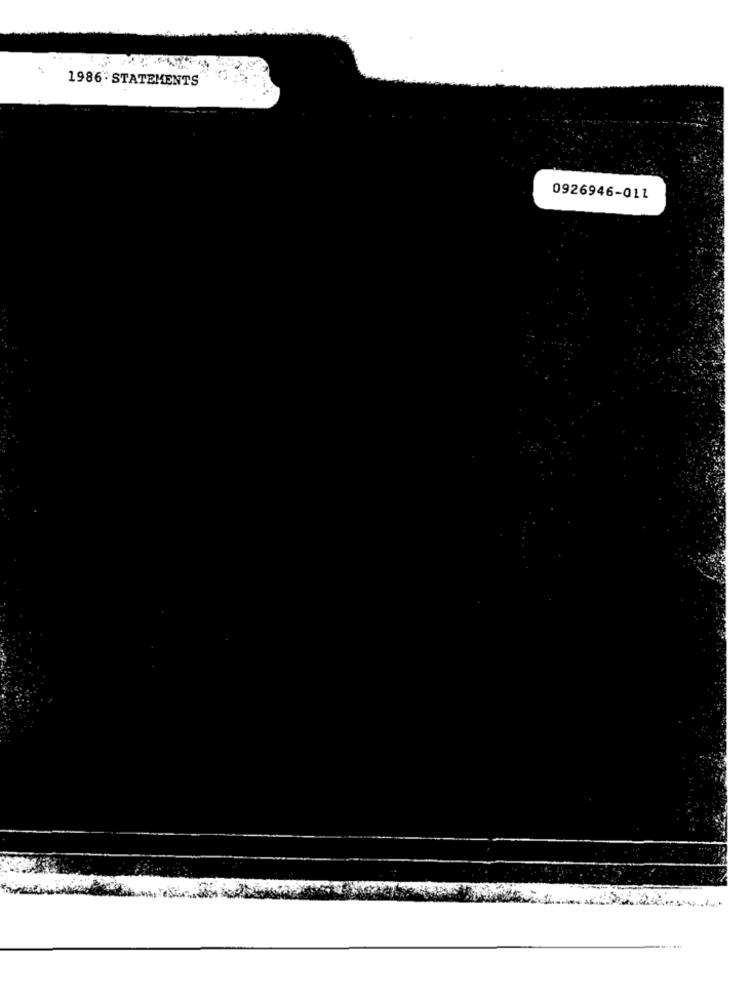
1986 STATEMENTS
0926946-011